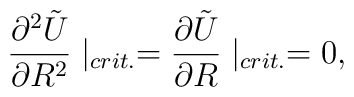
\frac{\partial^2\tilde{U}}{\partial R^2}\mid_{crit.}=\frac{\partial\tilde{U}}{\partial R}\mid_{crit.}=0,